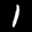
Label: 1